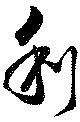
利